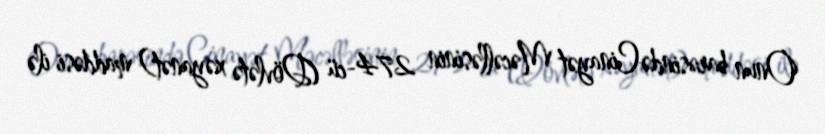
Onun barəsində Cinayət Məcəlləsinin 274-cü (Dövlətə xəyanət) maddəsi ilə